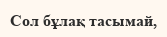
Сол бұлақ тасымай,